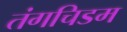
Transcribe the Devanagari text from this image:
तंगचिडम